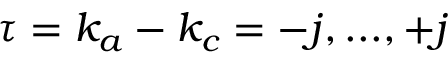
\tau = k _ { a } - k _ { c } = - j , . . . , + j